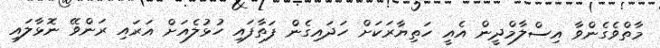
މާތްވެގެންވާ އިސްލާމްދީން އެއީ ހަތިޔާރަކަށް ހަދައިގެން ފަތާފައި ހުޅުލެއަށް އަރައި ރަންވޭ ނޮޅާލައި